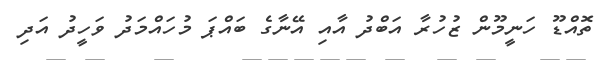
ތޮއްޑޫ ހަނީމޫން ޒުހުރާ އަބްދު އާއި އޭނާގެ ބައްޕަ މުހައްމަދު ވަހީދު އަދި